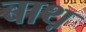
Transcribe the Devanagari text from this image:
बाथ़